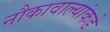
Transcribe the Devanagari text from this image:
नौकावाल्यांकडे